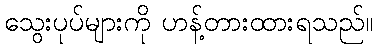
သွေးပုပ်များကို ဟန့်တားထားရသည်။